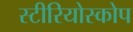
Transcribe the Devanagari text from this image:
स्टीरियोस्कोप